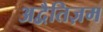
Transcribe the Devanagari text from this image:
अद्वैतिज़म